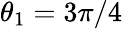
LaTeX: \theta_{1}=3\pi/4